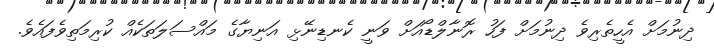
ދިނުމަށް އެހީތެރިވެ ދިނުމަށް ފަހު ރޮނާލްޑޯއަށް ވަނީ ކެނޑިނޭޅި އަނިޔާގެ މައްސަލަތަކެއް ކުރިމަތިވެފައެވެ.